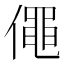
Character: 僶